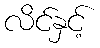
လိင်နှင့်